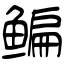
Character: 鳊